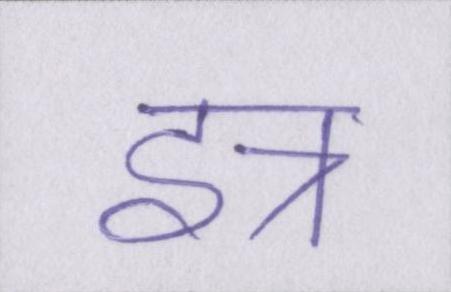
इत्र